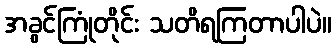
အခွင်ကြုံတိုင်း သတိရကြတာပါပဲ။